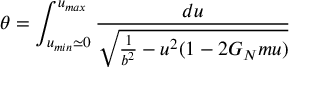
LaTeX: \theta = \int _ { u _ { m i n } \simeq 0 } ^ { u _ { m a x } } { \frac { d u } { \sqrt { { \frac { 1 } { b ^ { 2 } } } - u ^ { 2 } ( 1 - 2 G _ { N } m u ) } } }